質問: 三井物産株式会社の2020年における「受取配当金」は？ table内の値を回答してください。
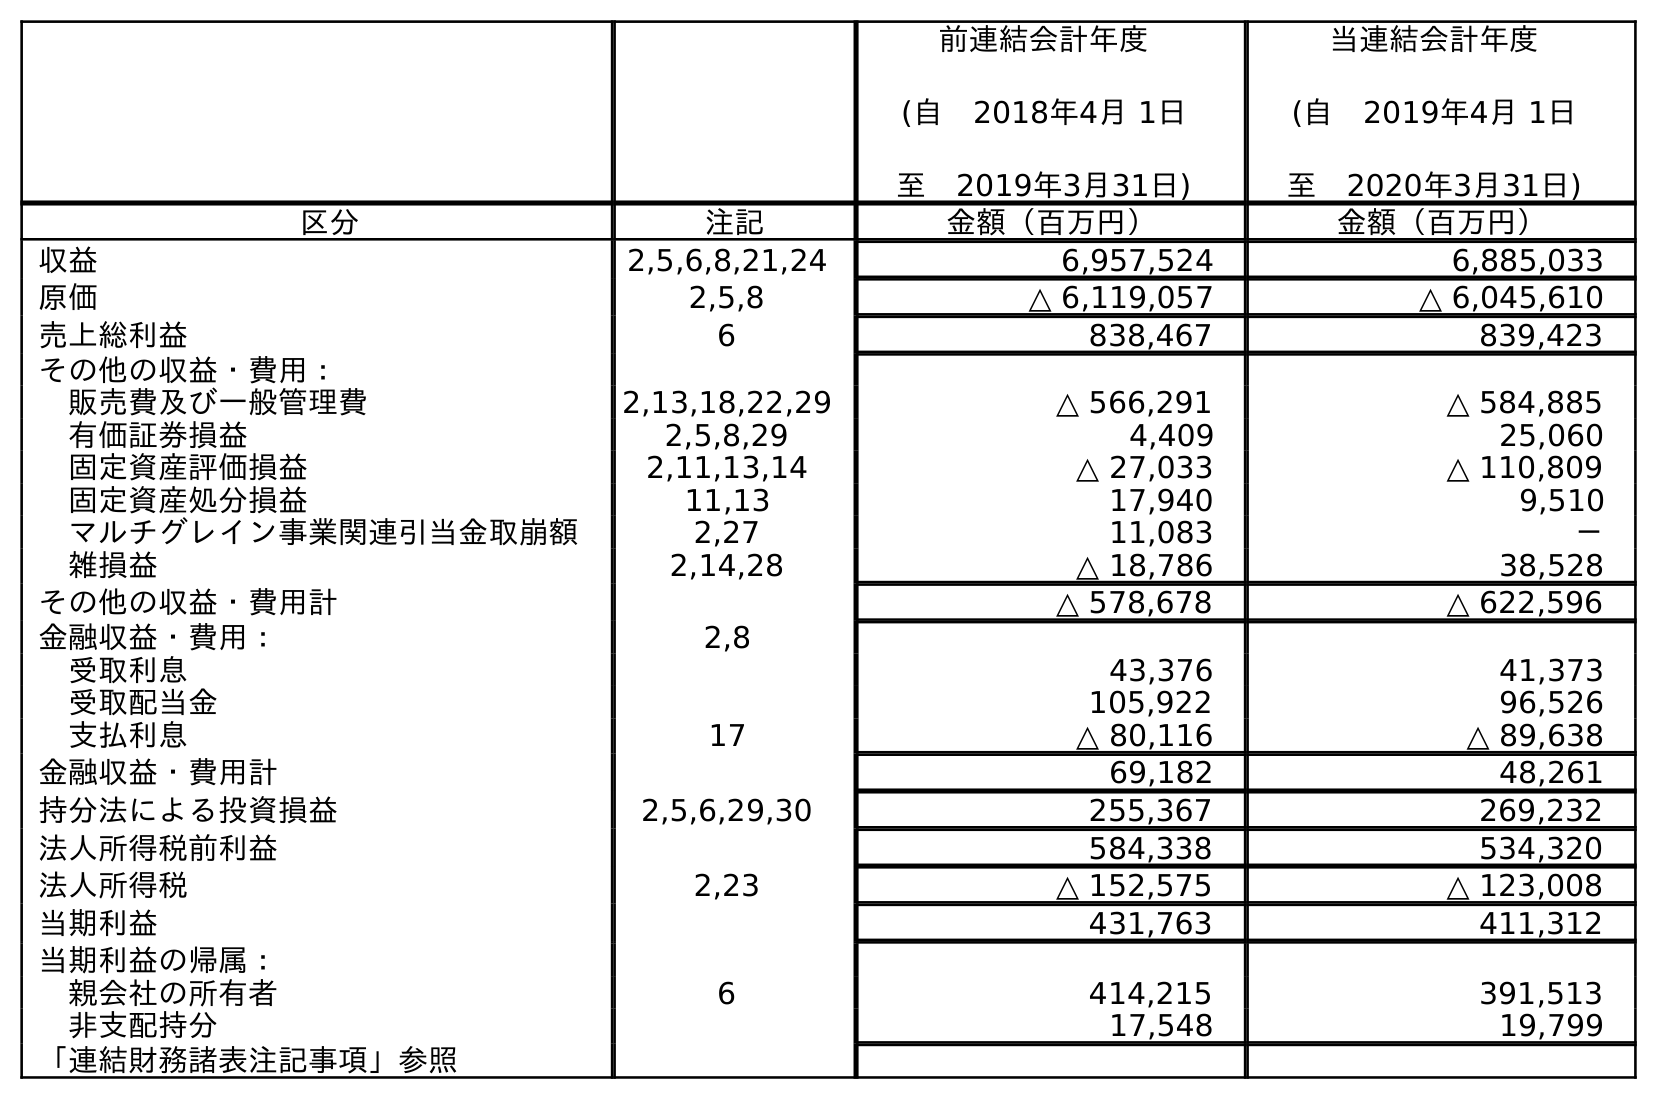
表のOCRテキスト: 前連結会計年度 (自 2018年4月 1日 至 2019年3月31日) 当連結会計年度 (自 2019年4月 1日 至 2020年3月31日) 区分 注記 金額（百万円） 金額（百万円） 収益 2,5,6,8,21,24 6,957,524 6,885,033 原価 2,5,8 △ 6,119,057 △ 6,045,610 売上総利益 6 838,467 839,423 その他の収益・費用： 販売費及び一般管理費 2,13,18,22,29 △ 566,291 △ 584,885 有価証券損益 2,5,8,29 4,409 25,060 固定資産評価損益 2,11,13,14 △ 27,033 △ 110,809 固定資産処分損益 11,13 17,940 9,510 マルチグレイン事業関連引当金取崩額 2,27 11,083 － 雑損益 2,14,28 △ 18,786 38,528 その他の収益・費用計 △ 578,678 △ 622,596 金融収益・費用： 2,8 受取利息 43,376 41,373 受取配当金 105,922 96,526 支払利息 17 △ 80,116 △ 89,638 金融収益・費用計 69,182 48,261 持分法による投資損益 2,5,6,29,30 255,367 269,232 法人所得税前利益 584,338 534,320 法人所得税 2,23 △ 152,575 △ 123,008 当期利益 431,763 411,312 当期利益の帰属： 親会社の所有者 6 414,215 391,513 非支配持分 17,548 19,799 「連結財務諸表注記事項」参照
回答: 96,526